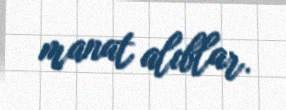
manat alıblar.